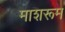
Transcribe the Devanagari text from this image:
माशरूम